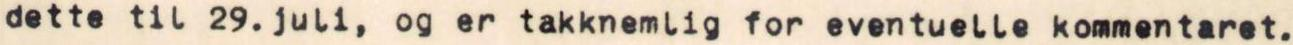
dette til 29. juli, og er takknemlig for eventuelle kommentaret.